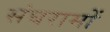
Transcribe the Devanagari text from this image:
संघरामों